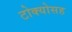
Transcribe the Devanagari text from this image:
टोक्योसह